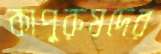
কাপুরুষদের